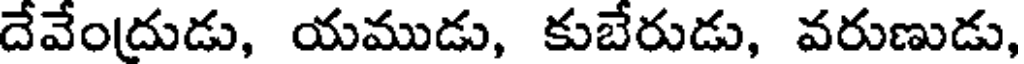
దేవేందుడు, యముడు, కుబేరుడు, వరుణుడు,